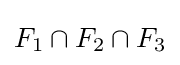
F_{1}\cap F_{2}\cap F_{3}